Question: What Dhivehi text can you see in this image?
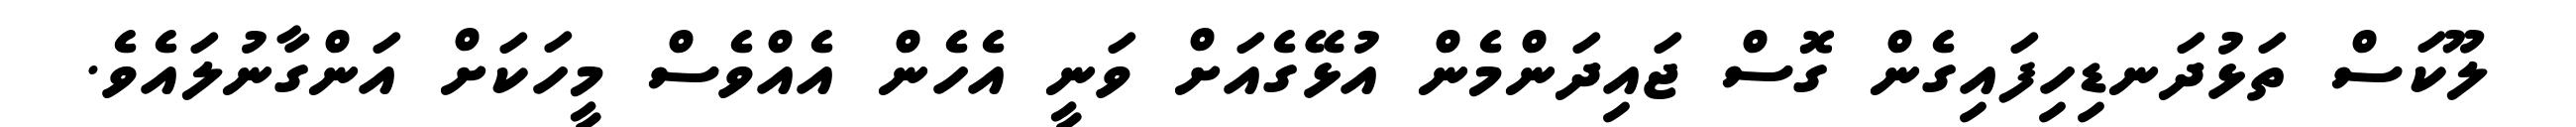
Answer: ލޫކަސް ތަޅުދަނޑިހިފައިގެން ގޮސް ޖައިދަންމެން އުޅޭގެއަށް ވަނީ އެހެން އެއްވެސް މީހަކަށް އަންގާނުލައެވެ.